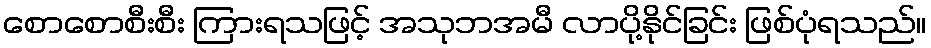
စောစောစီးစီး ကြားရသဖြင့် အသုဘအမီ လာပို့နိုင်ခြင်း ဖြစ်ပုံရသည်။